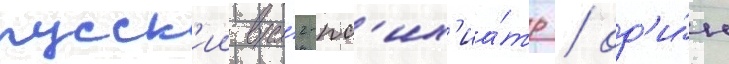
русск'ии вра́ч-пс'их'иа́тр / од'и́н